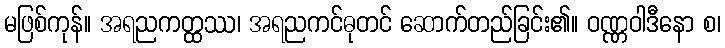
မဖြစ်ကုန်။ အရညကတ္ထဿ၊ အရညကင်ဓုတင် ဆောက်တည်ခြင်း၏။ ဝဏ္ဏဝါဒီနော စ၊